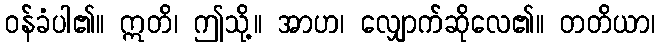
ဝန်ခံပါ၏။ ဣတိ၊ ဤသို့။ အာဟ၊ လျှောက်ဆိုလေ၏။ တတိယာ၊